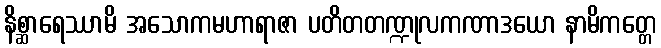
နိစ္ဆာရေဿာမိ အသောကမဟာရာဇာ ပတိတတဏ္ဍုလကဏာဒယော နာမိကတ္တေ